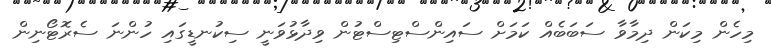
މިހެން މިކަން ދިމާވާ ސަބަބެއް ކަމަށް ސައިންސްޓިސްޓުން ވިދާޅުވަނީ ސިކުނޑީގައި ހުންނަ ސެރޮޓޯނިން